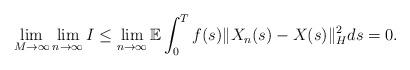
LaTeX: \begin{align*}\lim_{M\rightarrow\infty}\lim_{n\rightarrow\infty} I \leq \lim_{n\rightarrow\infty} \mathbb{E} \int_0^{T} f(s) \Vert X_n(s) - X(s) \Vert_H^2 ds = 0 .\end{align*}